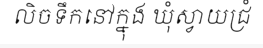
លិចទឹកនៅក្នុង ឃុំស្វាយជ្រំ